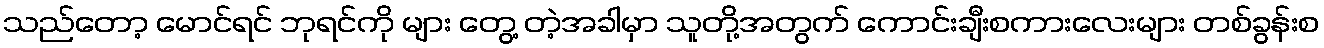
သည်တော့ မောင်ရင် ဘုရင်ကို များ တွေ့ တဲ့အခါမှာ သူတို့အတွက် ကောင်းချီးစကားလေးများ တစ်ခွန်းစ